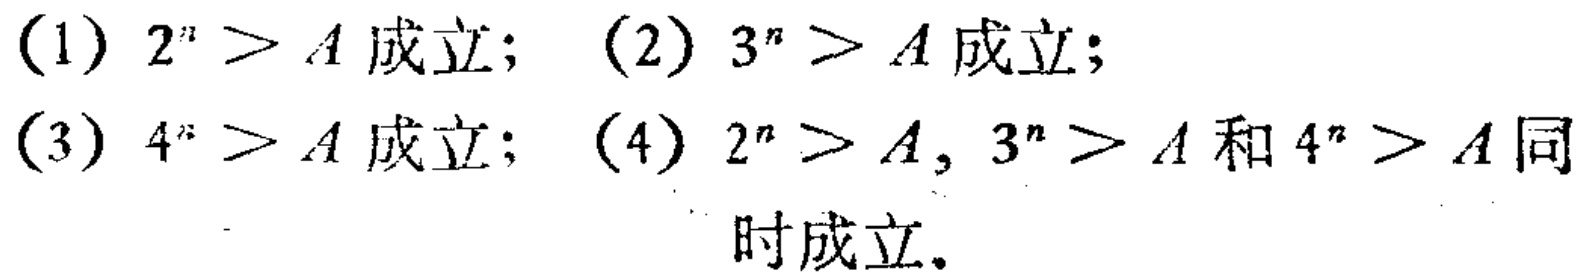
(1) \(2^{n}>A\) 成立； (2) \(3^{n}>A\) 成立；
(3) \(4^{n}>A\) 成立； (4) \(2^{n}>A,3^{n}>A\) 和 \(4^{n}>A\) 同时成立。